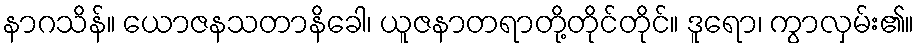
နာဂသိန်။ ယောဇနသတာနိခေါ၊ ယူဇနာတရာတို့တိုင်တိုင်။ ဒူရော၊ ကွာလှမ်း၏။